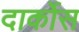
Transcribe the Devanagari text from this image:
दार्कोस